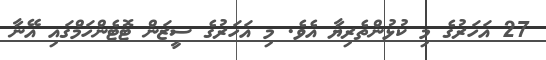
27 އަހަރުގެ މި ކުޅުންތެރިޔާ އެވެ. މި އަހަރުގެ ސީޒަން ޓޮޓެންހަމްގައި އޭނާ